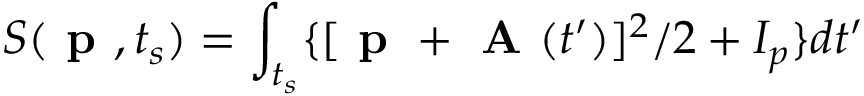
S ( \textbf { p } , t _ { s } ) = \int _ { t _ { s } } \{ { [ \textbf { p } + \textbf { A } ( t ^ { \prime } } ) ] ^ { 2 } / 2 + I _ { p } \} d t ^ { \prime }